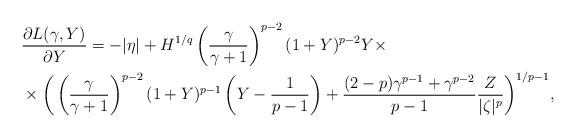
LaTeX: \begin{align*}&\frac{\partial L(\gamma,Y)}{\partial Y}=-|\eta|+H^{1/q}\left(\frac{\gamma}{\gamma+1}\right)^{p-2}(1+Y)^{p-2}Y\times\\&\times\bigg(\left(\frac{\gamma}{\gamma+1}\right)^{p-2}(1+Y)^{p-1}\left(Y-\frac{1}{p-1}\right)+\frac{(2-p)\gamma^{p-1}+\gamma^{p-2}}{p-1}\frac{Z}{|\zeta|^p}\bigg)^{1/p-1},\end{align*}